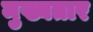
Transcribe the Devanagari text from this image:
मुख्यतार